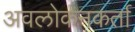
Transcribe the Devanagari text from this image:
अवलोकनकर्ता